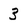
Character: 3